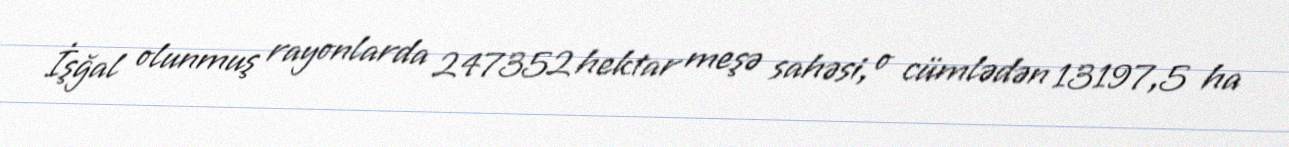
İşğal olunmuş rayonlarda 247352 hektar meşə sahəsi, o cümlədən 13197,5 ha